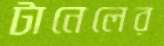
টানেলের